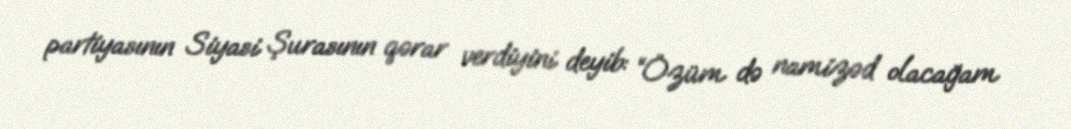
partiyasının Siyasi Şurasının qərar verdiyini deyib: “Özüm də namizəd olacağam